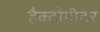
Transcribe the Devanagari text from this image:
हैक्टॉमीटर